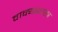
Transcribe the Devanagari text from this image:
वाक्यशास्त्र